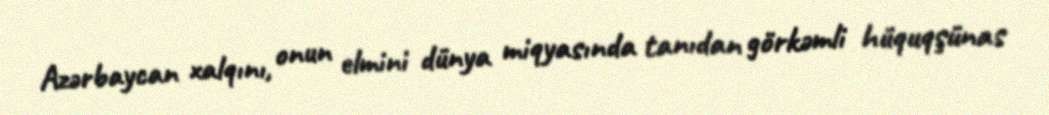
Azərbaycan xalqını, onun elmini dünya miqyasında tanıdan görkəmli hüquqşünas